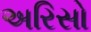
અરિસો